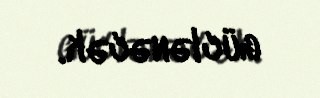
güclənəcək.